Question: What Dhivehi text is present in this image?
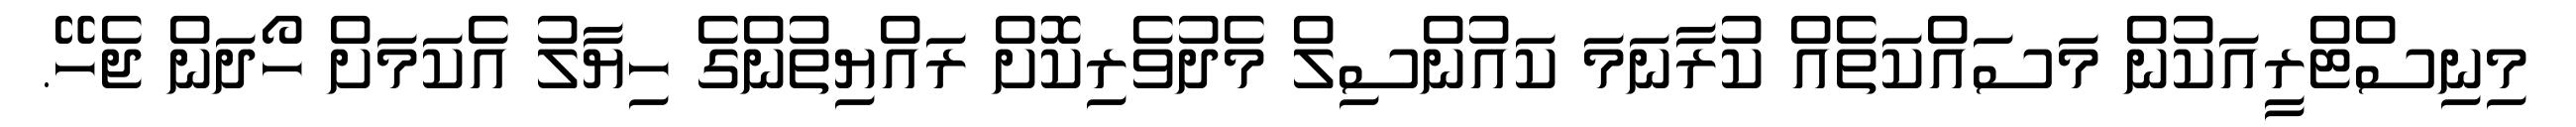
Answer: މިނިސްޓްރީއަކުން މަސައްކަތެއް ކުރާނަމަ ކައުންސިލް މެދުވެރިކޮށް ރައްޔިތުންގެ ހިޔާލު އެކަމަށް ހޯދަން ޖެހޭ.